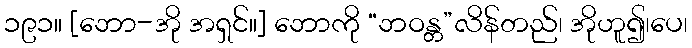
၁၉၁။ [ဘော-အို အရှင်။] ဘောကို “ဘဝန္တ”လိန်တည်၊ အိုဟူ၍၊ပေ၊